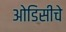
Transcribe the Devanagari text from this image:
ओडिसीचे